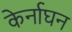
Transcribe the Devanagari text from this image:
केर्नाघन